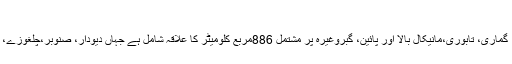
دیامر میں داریل
اور ڈوڈیشال کے علاقوں میں گیئال، پھوگچ، گماری، تابوری،مانیکال بالا اور پائین، گبروغیرہ پر مشتمل 886مربع کلومیٹر کا علاقہ شامل ہے جہاں دیودار، صنوبر،چلغوزے، بلوط، سفیدے کے جنگلات پائے جاتے ہیں ۔